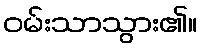
ဝမ်းသာသွား၏။